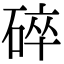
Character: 碎